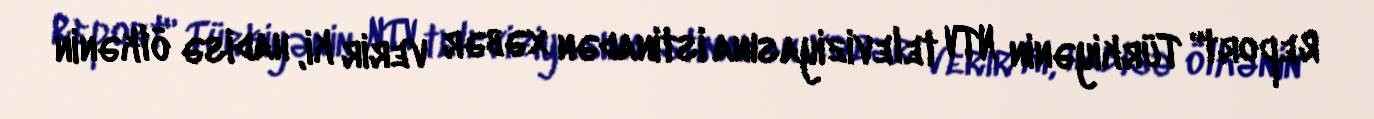
Report" Türkiyənin NTV televiziyasına istinadən xəbər verir ki, hadisə ölkənin